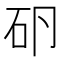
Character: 𰦤